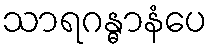
သာရဂန္ဓာနံပေ